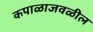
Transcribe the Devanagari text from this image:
कपाळाजवळील